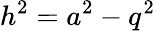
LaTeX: h^{2}=a^{2}-q^{2}